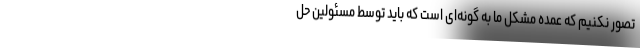
تصور نکنیم که عمده مشکل ما به گونه‌ای است که باید توسط مسئولین حل